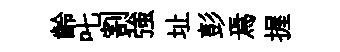
齡叱割強址彭焉握